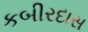
કબીરદાસ